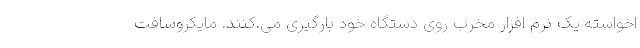
اخواسته یک نرم افزار مخرب روی دستگاه خود بارگیری می.کنند. مایکروسافت